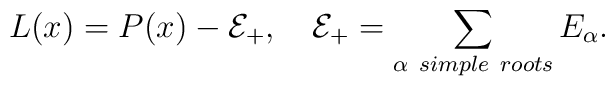
L(x)= P(x)- {\cal E}_+, \quad  {\cal E}_+=\sum_{\alpha\ simple\ roots} E_\alpha .